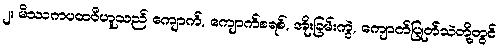
၂။ မိဿကပထဝီဟူသည် ကျောက်, ကျောက်စရစ်, အိုးခြမ်းကွဲ, ကျောက်ပြုတ်သဲတို့တွင်